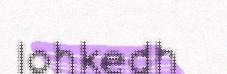
lohkedh